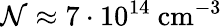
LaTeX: \mathcal{N}\approx 7\cdot 10^{14}\mathrm{~cm^{-3}}